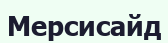
Мерсисайд